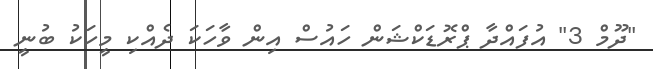
"ދޫމް 3" އުފައްދާ ޕްރޮޑަކްޝަން ހައުސް އިން ވާހަކަ ދެއްކި މީހަކު ބުނީ